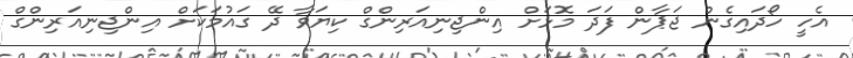
އެހީ ހޯދައިގެން ޖަޕާން ފަދަ މޮޅަށް އިންޖިނިއަރިންގް ކިޔަވާ ދޭ ގައުމަކަށް އިންޖިނިއަރިންގް